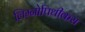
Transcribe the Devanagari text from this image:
लिम्नोपिथीकस